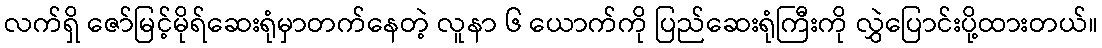
လက်ရှိ ဇော်မြင့်မိုရ်ဆေးရုံမှာတက်နေတဲ့ လူနာ ၆ ယောက်ကို ပြည်ဆေးရုံကြီးကို လွှဲပြောင်းပို့ထားတယ်။